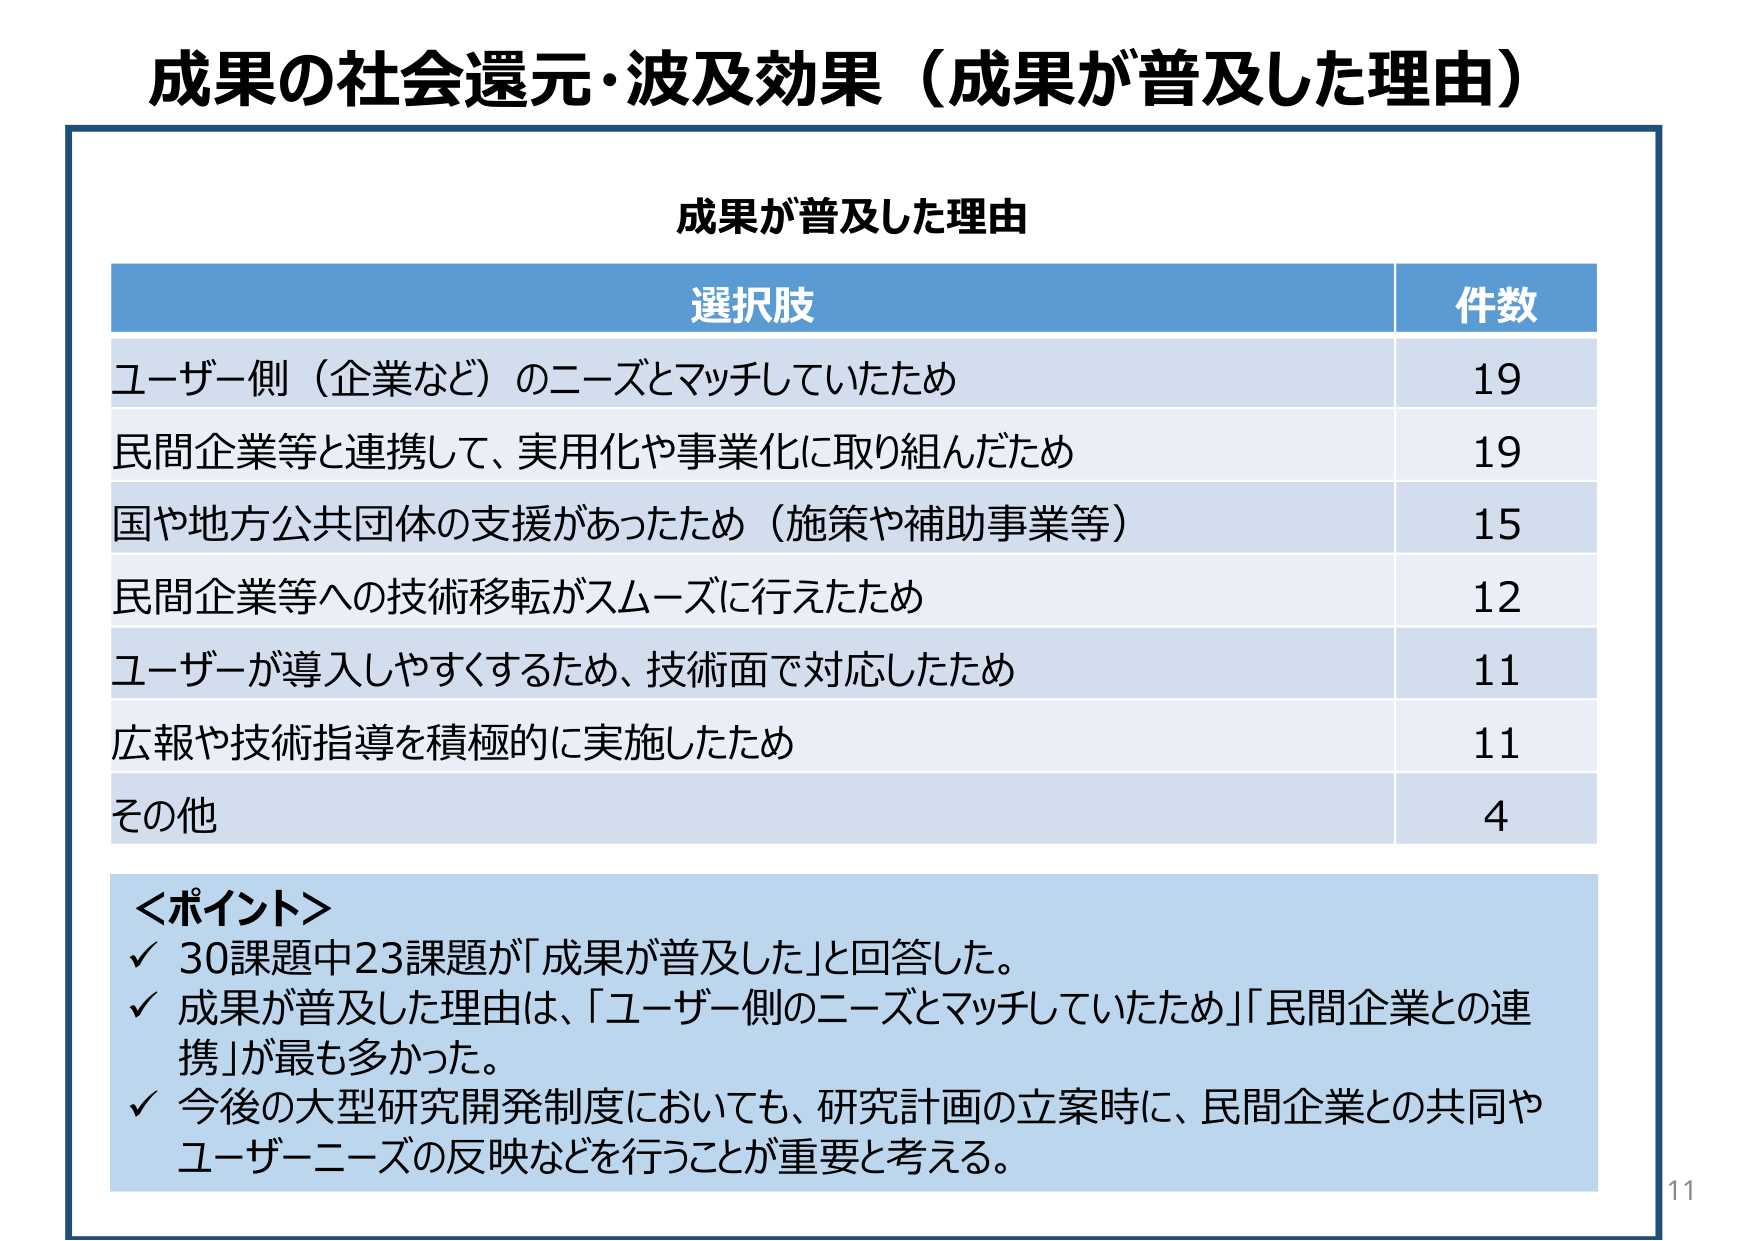
成果の社会還元・波及効果（成果が普及した理由）

成果が普及した理由

選択肢